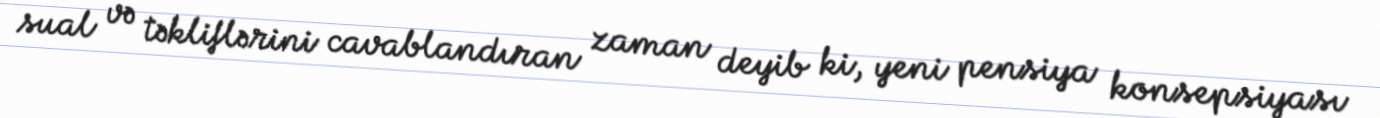
sual və təkliflərini cavablandıran zaman deyib ki, yeni pensiya konsepsiyası